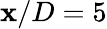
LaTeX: \mathbf{x}/D=5